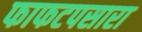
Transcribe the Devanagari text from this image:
फाफटपसारा